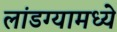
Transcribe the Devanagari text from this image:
लांडग्यामध्ये